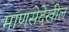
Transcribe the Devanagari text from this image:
माणसेदेखील